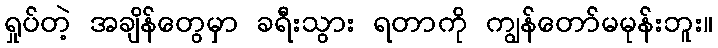
ရှုပ်တဲ့ အချိန်တွေမှာ ခရီးသွား ရတာကို ကျွန်တော်မမုန်းဘူး။